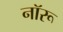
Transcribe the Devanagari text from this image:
नॉरू